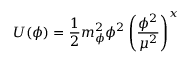
U ( \phi ) = \frac 1 2 m _ { \phi } ^ { 2 } \phi ^ { 2 } \left( { \frac { \phi ^ { 2 } } { \mu ^ { 2 } } } \right) ^ { x }